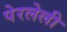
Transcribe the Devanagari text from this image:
पेरलेली